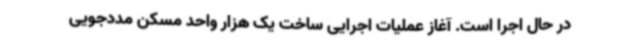
در حال اجرا است. آغاز عملیات اجرایی ساخت یک هزار واحد مسکن مددجویی